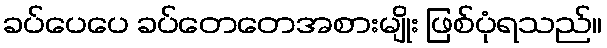
ခပ်ပေပေ ခပ်တေတေအစားမျိုး ဖြစ်ပုံရသည်။